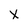
Character: X